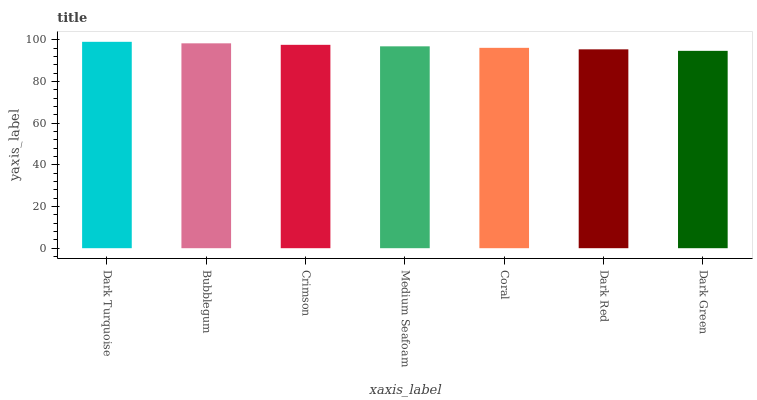
| xaxis_label | bars |
 | --- | --- |
 | Dark Turquoise | 99 |
 | Bubblegum | 98.3 |
 | Crimson | 97.6 |
 | Medium Seafoam | 96.8 |
 | Coral | 96.1 |
 | Dark Red | 95.4 |
 | Dark Green | 94.7 |